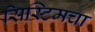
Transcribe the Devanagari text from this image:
सिस्टिमचा